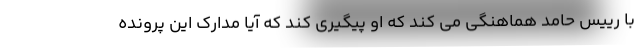
با رییس حامد هماهنگی می کند که او پیگیری کند که آیا مدارک این پرونده